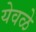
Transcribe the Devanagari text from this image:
येवळे